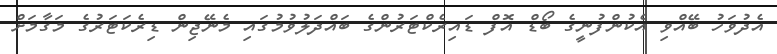
އެދުވަހު ބޭއްވި އެކުންފުނީގެ ބޯޑް އޮފް ޑައިރެކްޓަރުންގެ ބައްދަލުވުމުގައި މެނޭޖިން ޑިރެކަޓަރުގެ މަގާމަށް